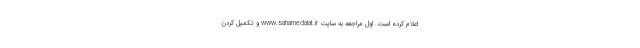
اعلام کرده است. اول مراجعه به سایت www.sahamedalat.ir و تکمیل کردن